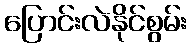
ပြောင်းလဲနိုင်စွမ်း